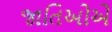
જાતિઓએ